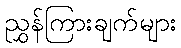
ညွှန်ကြားချက်များ